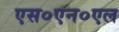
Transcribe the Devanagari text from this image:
एस०एन०एल